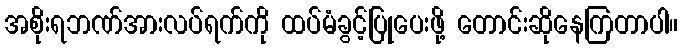
အစိုးရဘဏ်အားလပ်ရက်ကို ထပ်မံခွင့်ပြုပေးဖို့ တောင်းဆိုနေကြတာပါ။